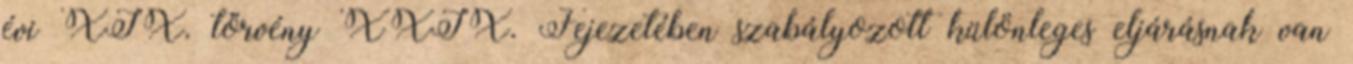
évi XIX. törvény XXIX. Fejezetében szabályozott különleges eljárásnak van